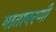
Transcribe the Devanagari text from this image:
वातावरणी